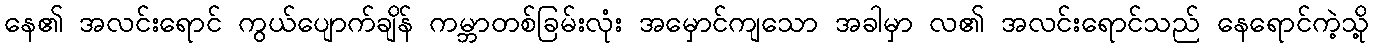
နေ၏ အလင်းရောင် ကွယ်ပျောက်ချိန် ကမ္ဘာတစ်ခြမ်းလုံး အမှောင်ကျသော အခါမှာ လ၏ အလင်းရောင်သည် နေရောင်ကဲ့သို့